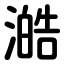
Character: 澔